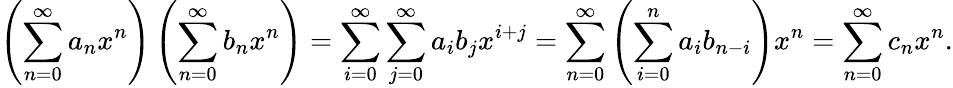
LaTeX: \left(\sum_{n=0}^{\infty}a_{n}x^{n}\right)\left(\sum_{n=0}^{\infty}b_{n}x^{n}\right)=\sum_{i=0}^{\infty}\sum_{j=0}^{\infty}a_{i}b_{j}x^{i+j}=\sum_{n=0}^{\infty}\left(\sum_{i=0}^{n}a_{i}b_{n-i}\right)x^{n}=\sum_{n=0}^{\infty}c_{n}x^{n}.